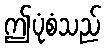
ဤပုံစံသည်